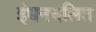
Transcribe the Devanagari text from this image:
इंधनचलित